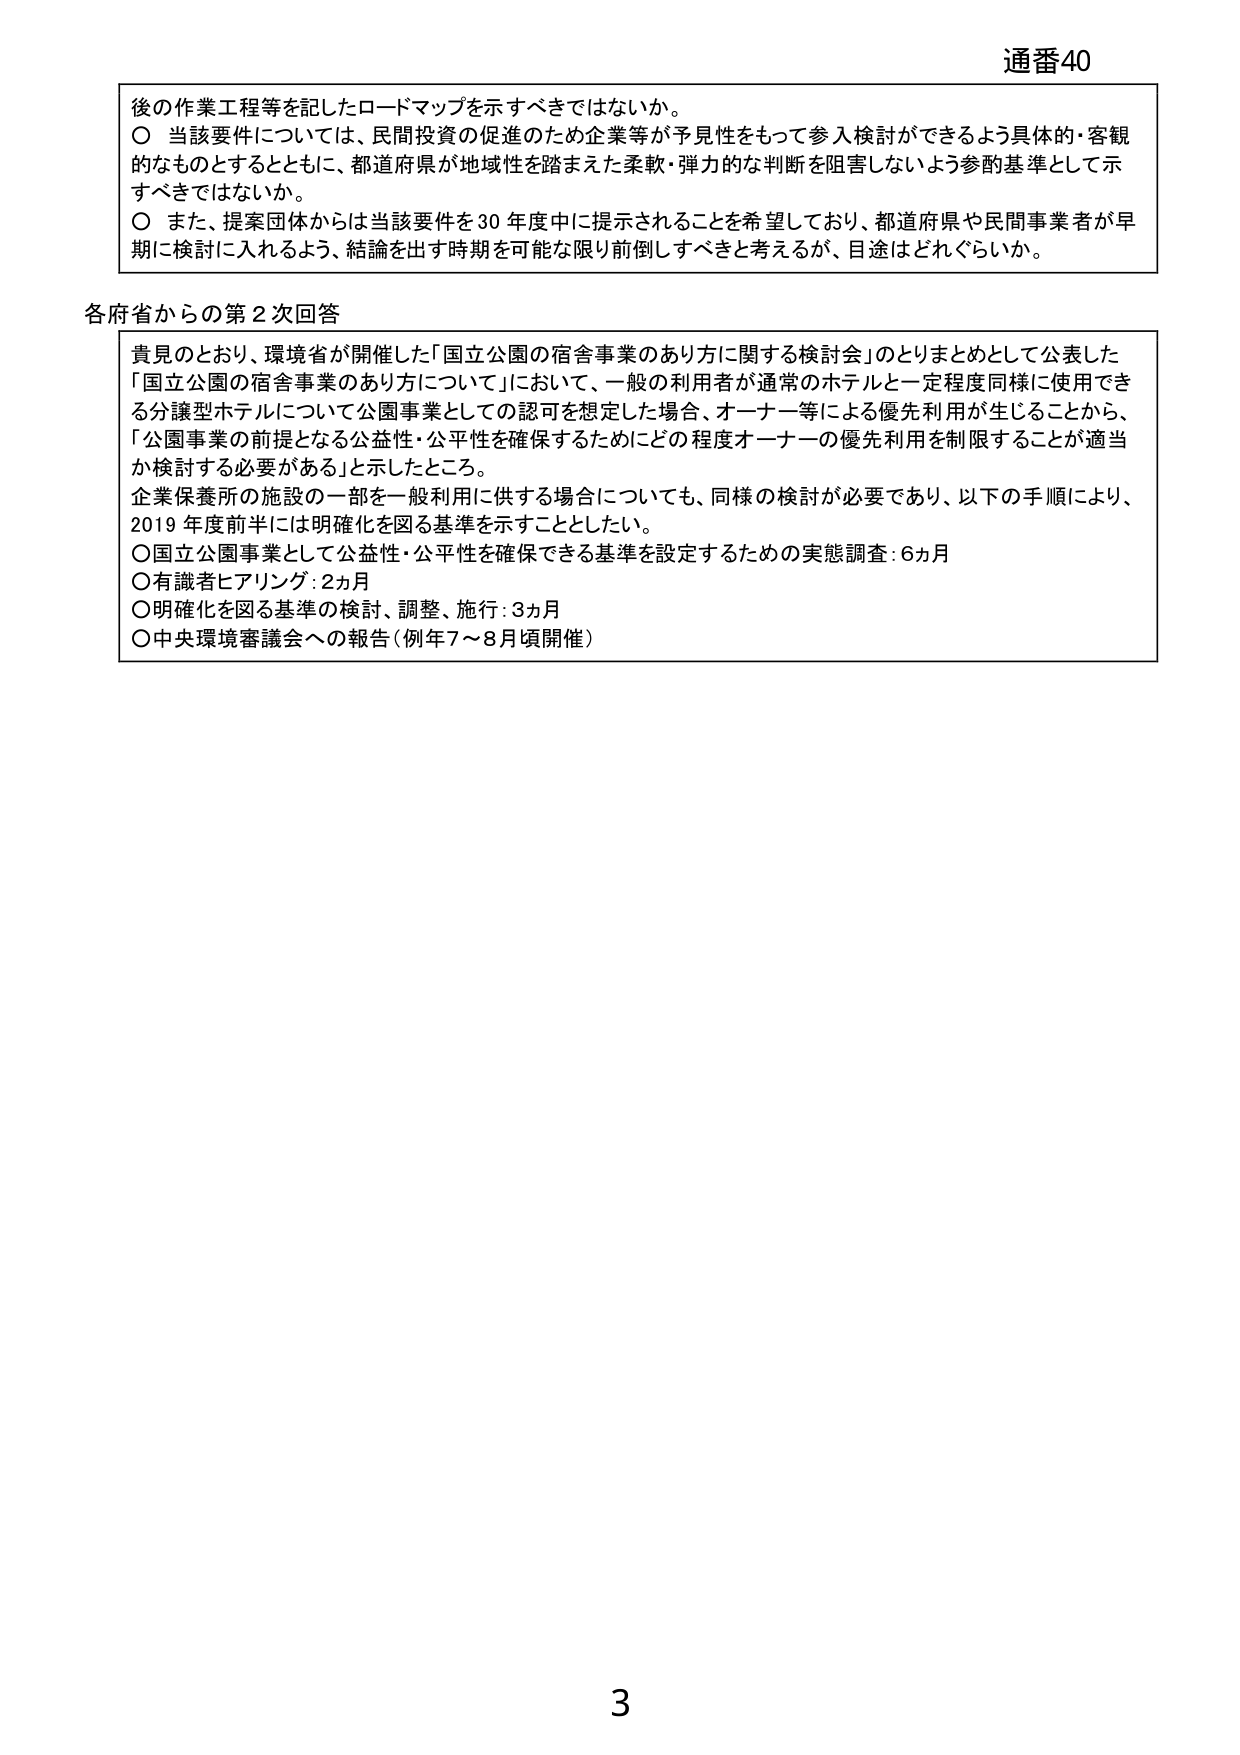
通番40

後の作業工程等を記したロードマップを示すべきではないか。
〇 当該要件については、民間投資の促進のため企業等が予見性をもって参入検討ができるよう具体的・客観的なものとするとともに、都道府県が地域性を踏まえた柔軟・弾力的な判断を阻害しないよう参酌基準として示すべきではないか。
〇 また、提案団体からは当該要件を30年度中に提示されることを希望しており、都道府県や民間事業者が早期に検討に入れるよう、結論を出す時期を可能な限り前倒しすべきと考えるが、目途はどれぐらいか。

各府省からの第2次回答

貴見のとおり、環境省が開催した「国立公園の宿舎事業のあり方に関する検討会」のとりまとめとして公表した「国立公園の宿舎事業のあり方について」において、一般の利用者が通常のホテルと一定程度同様に使用できる分譲型ホテルについて公園事業としての認可を想定した場合、オーナー等による優先利用が生じることから、「公園事業の前提となる公益性・公平性を確保するためにどの程度オーナーの優先利用を制限することが適当か検討する必要がある」と示したところ。
企業保養所の施設の一部を一般利用に供する場合についても、同様の検討が必要であり、以下の手順により、2019年度前半には明確化を図る基準を示すこととした。
〇国立公園事業として公益性・公平性を確保できる基準を設定するための実態調査：6ヵ月
〇有識者ヒアリング：2ヵ月
〇明確化を図る基準の検討、調整、施行：3ヵ月
〇中央環境審議会への報告（例年7～8月頃開催）

3